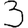
Digit: 3